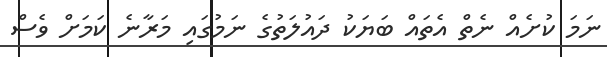
ނަމަ ކުށެއް ނެތް އެތައް ބަޔަކު ދައުލަތުގެ ނަމުގައި މަރާނެ ކަމަށް ވެސް